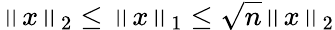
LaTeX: \left\| x\right\| _{2}\leq\left\| x\right\| _{1}\leq{\sqrt{n}}\left\| x\right\| _{2}